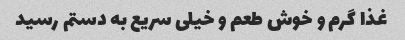
غذا گرم و خوش طعم و خیلی سریع به دستم رسید